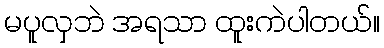
မပူလှဘဲ အရသာ ထူးကဲပါတယ်။